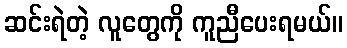
ဆင်းရဲတဲ့ လူတွေကို ကူညီပေးရမယ်။